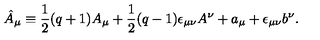
\hat { A } _ { \mu } \equiv \frac { 1 } { 2 } ( q + 1 ) A _ { \mu } + \frac { 1 } { 2 } ( q - 1 ) \epsilon _ { \mu \nu } A ^ { \nu } + a _ { \mu } + \epsilon _ { \mu \nu } b ^ { \nu } .